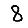
Digit: 8